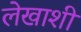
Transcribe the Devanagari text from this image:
लेखाशी